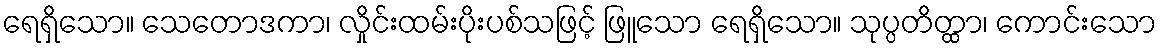
ရေရှိသော။ သေတောဒကာ၊ လှိုင်းထမ်းပိုးပစ်သဖြင့် ဖြူသော ရေရှိသော။ သုပ္ပတိတ္ထာ၊ ကောင်းသော